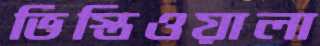
ভিস্তিওয়ালা